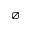
\varnothing